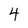
Character: 4